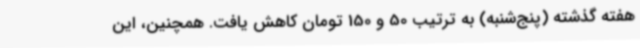
هفته گذشته (پنج‌شنبه) به ترتیب 50 و 150 تومان کاهش یافت. همچنین، این